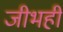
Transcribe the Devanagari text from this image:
जीभही